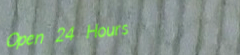
Open 24 Hours